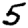
Digit: 5